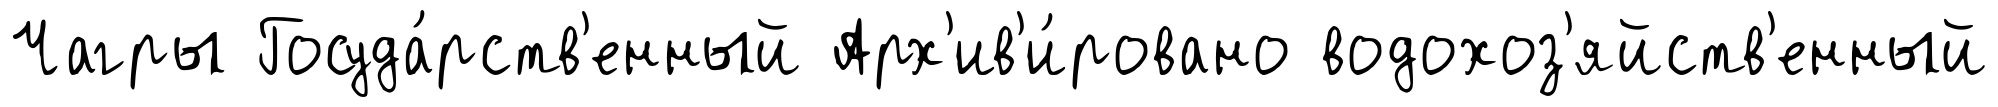
Чагры Госуда́рств'енный Арх'ив'и́ровано водохоз'яйств'енный